Leningradi_Edasi_toimetus, lk 4
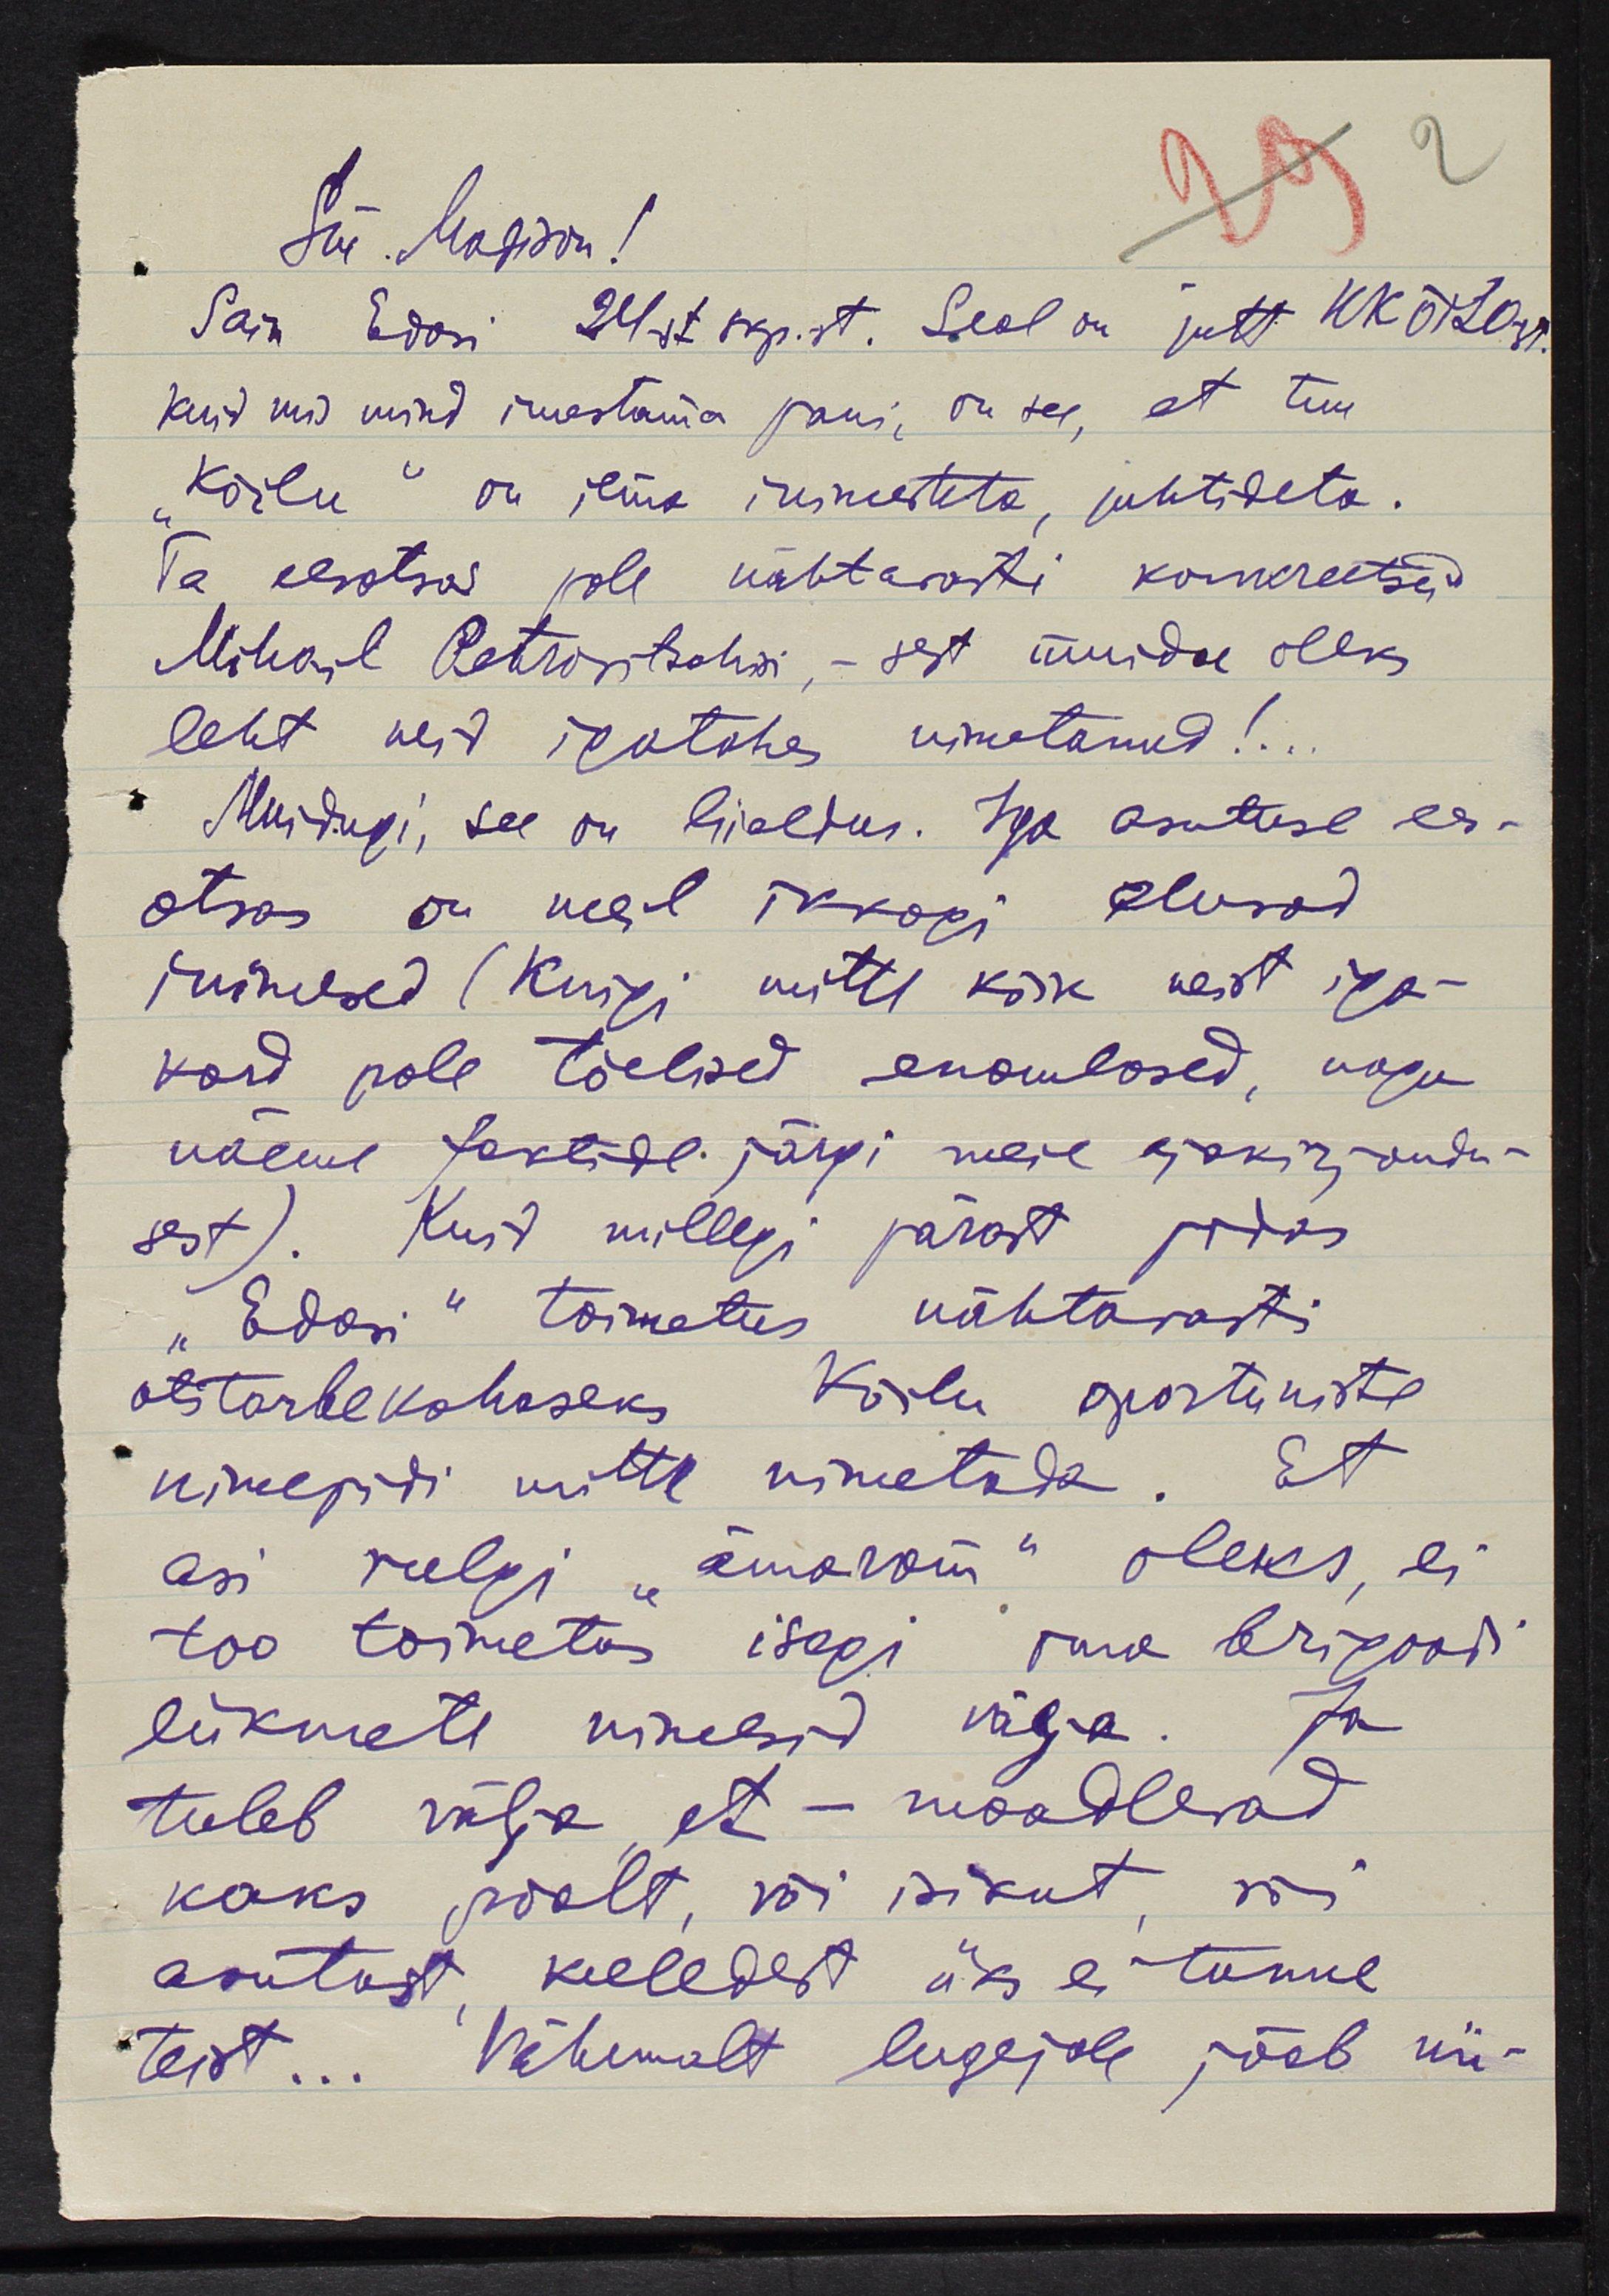
Sm. Madison!
Sain Edasi 24.st. aug. st. Seal on jutt KKÕT 20st.
Kuid mis mind imestama pani, on see, et tuu
Kõilu" on ilma inimesteta, juhtideta.
Ta eesotsas pole nähtavasti konkreetsed
Mihail Petrotschwi,- sest muidu oleks
leht neid igatahes nimetanud!..
Muidugi, see on liialdus. Iga asutuse es-
otsas on veel ikkagi olnud
inimised (kuigi, mitte kõik neist iga-
kord pole tõelised enamlased, nagu
näeme faktide järgi meie ajakirjandu-
sest). Kuid millegi pärast pidas
Edasi" toimetus nähtavasti
otstarbe kohaseks Kõilu oportuniste
nimepidi mitte nimetada. Et
asi veelgi "ämaram" oleks, ei
too toimetus isegi oma brigoodi
liikmete nimesid välja. Ja
tuleb välja, et - maadlevad
kaks poolt, või isikut, või
asutust kelledet üks ei tunne
teist... Vähemalt lugejale jääb nii-